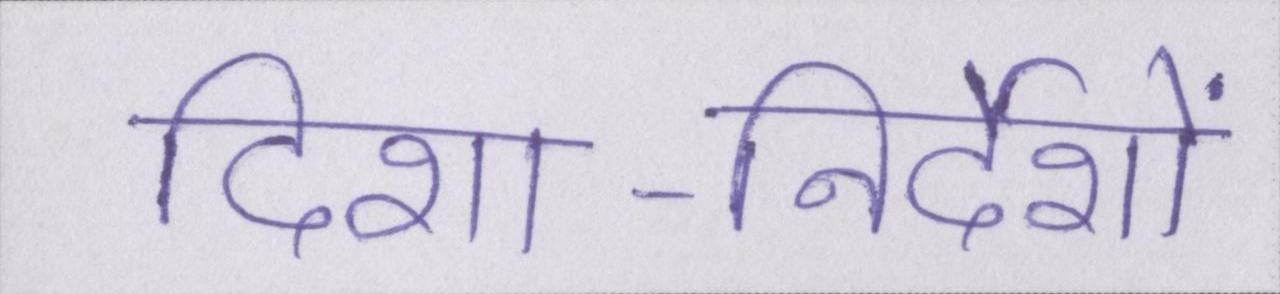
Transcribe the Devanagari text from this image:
दिशा-निर्देशों